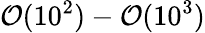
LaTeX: \mathcal{O}(10^{2})-\mathcal{O}(10^{3})